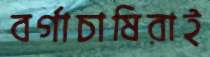
বর্গাচাষিরাই